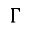
\Gamma